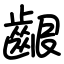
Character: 齦